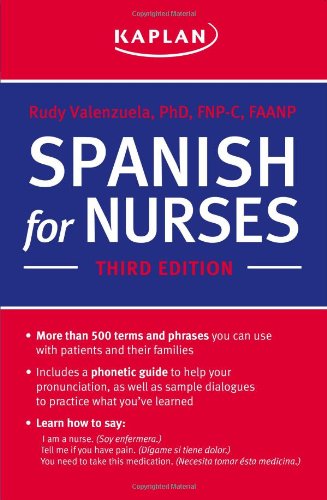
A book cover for Spanish for Nurses; Rudy Valenzuela FSP  MSN  RN  FNP-C; Medical Books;